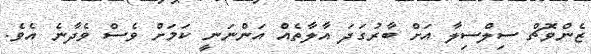
ޒެންވޮޗް ސިލްސިލާ އަށް ބާރުގަދަ އާލާތެއް އަންނަނީ ކަމަށް ވެސް ވެދާނެ އެވެ.